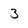
Character: 3